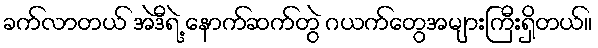
ခက်လာတယ် အဲဒီရဲ့ နောက်ဆက်တွဲ ဂယက်တွေအများကြီးရှိတယ်။